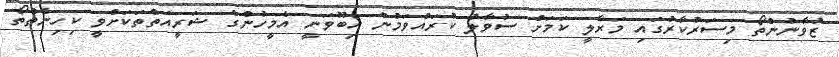
ޒުވާނުންތޯ މިސަރުކާރުގައި މަރާލީ ކަމަށް ސުވާލު ކުރައްވަމުން އިބޫވަނީ އެމީހުންގެ ޝަރީއަތްތަކަށްވީ ކިހިނެތްތޯ